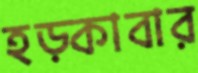
হড়্‌কাবার